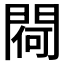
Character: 𨵅